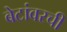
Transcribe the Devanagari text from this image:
बेटांवरची